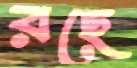
রছে